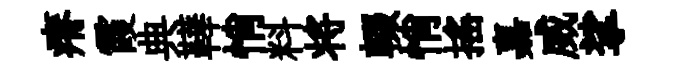
瘠霞典鞾悄料将輟悄揺嘉威挲